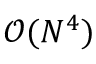
\mathcal { O } ( N ^ { 4 } )